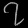
Digit: ၇